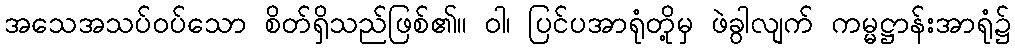
အသေအသပ်ဝပ်သော စိတ်ရှိသည်ဖြစ်၏။ ဝါ၊ ပြင်ပအာရုံတို့မှ ဖဲခွါလျက် ကမ္မဋ္ဌာန်းအာရုံ၌